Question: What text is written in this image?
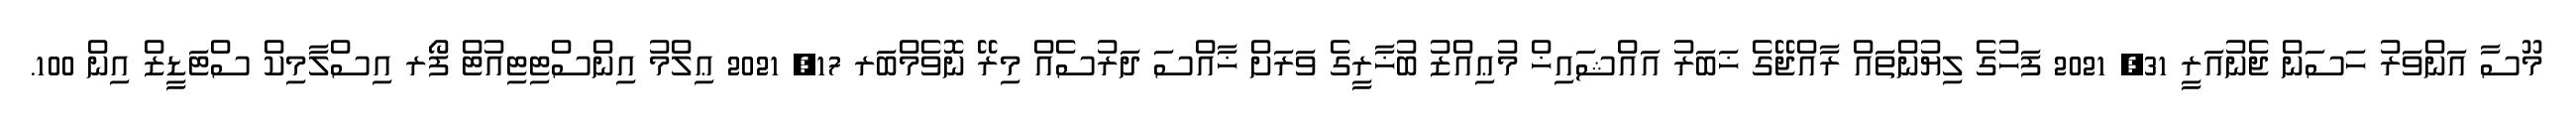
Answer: މޫސާ އަންވަރު ހަސަން ޖެނުއަރީ 31, 2021 ފަހުގެ ލިޔުންތައް ރާއްޖޭގެ ޚަބަރު އައްޝައިޚް މުޢިއްޒު ބުޚާރީގެ ވަރަށް ޚާއްސަ ދަރުސެއް މިރޭ ނޮވެމްބަރ 17, 2021 ޢިލްމު އިންސްޓިޓިއުޓް ފޯރ އިސްލާމިކް ސްޓަޑީޒް އިން 100.